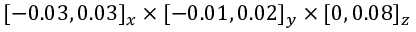
[ - 0 . 0 3 , 0 . 0 3 ] _ { x } \times [ - 0 . 0 1 , 0 . 0 2 ] _ { y } \times [ 0 , 0 . 0 8 ] _ { z }